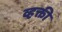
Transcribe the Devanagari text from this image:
व्हक्ती